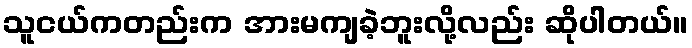
သူငယ်ကတည်းက အားမကျခဲ့ဘူးလို့လည်း ဆိုပါတယ်။